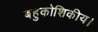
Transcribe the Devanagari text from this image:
बहुकोशिकीय।